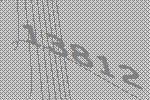
13812